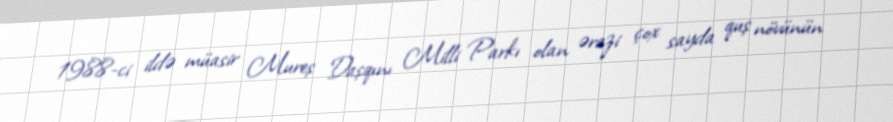
1988-ci ildə müasir Mureș Daşqını Milli Parkı olan ərazi çox sayda quş növünün